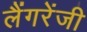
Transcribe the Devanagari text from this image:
लैंगरेंजी